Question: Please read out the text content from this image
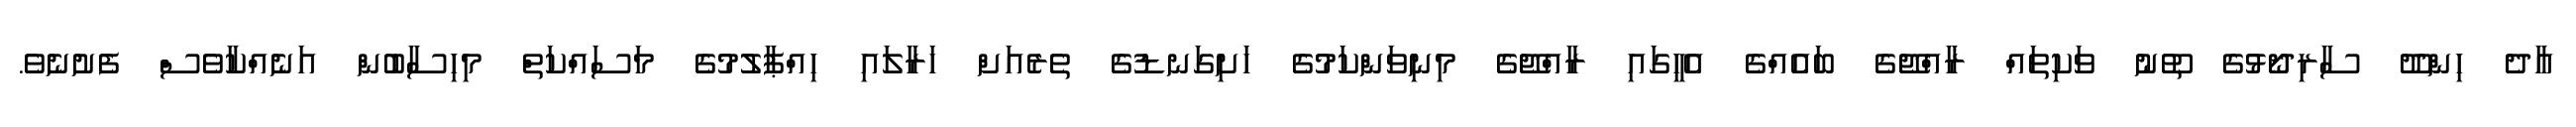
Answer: އާދެ ހިންދޫ ސާރިދޯޅުގެ ތޫނު ވަކިތައް ރާއްޖޭގެ ބައެއްގެ އެހީގައި ރާއްޖޭގެ މިނިވަންކަމުގެ ހަށިގަނޑުގެ ތެރެއަށް ހަރާލައި ހިއްޕާލުމުގެ މަސައްކަތް މިހިސާބުން އަނެއްކާވެސް ފެށުނެވެ.